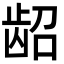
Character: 龆